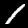
Label: 1